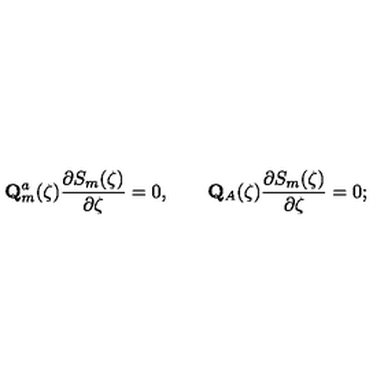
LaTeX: \mathbf { Q } _ { m } ^ { a } ( \zeta ) \frac { \partial S _ { m } ( \zeta ) } { \partial \zeta } = 0 , \qquad \mathbf { Q } _ { A } ( \zeta ) \frac { \partial S _ { m } ( \zeta ) } { \partial \zeta } = 0 ;